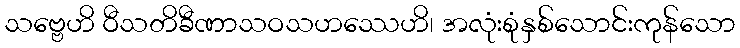
သဗ္ဗေဟိ ဝီသတိခီဏာသဝသဟဿေဟိ၊ အလုံးစုံနှစ်သောင်းကုန်သော